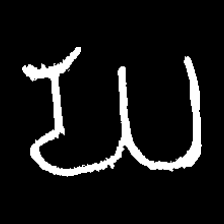
Pyu character \u2014 Myanmar letter: ဃ (romanized: gha)